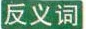
反义词